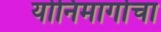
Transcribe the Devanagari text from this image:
योनिमार्गाचा